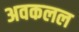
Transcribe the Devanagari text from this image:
अवकलल